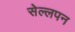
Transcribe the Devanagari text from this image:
सेल्लपन